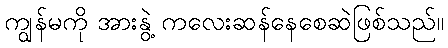
ကျွန်မကို အားနွဲ့ ကလေးဆန်နေစေဆဲဖြစ်သည်။